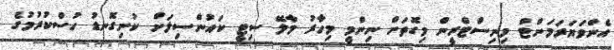
އެންވަޔަރަމަންޓް މިނިސްޓްރީން މިގޮތަށް ނިންމީ މިހާރު މާލޭ ސިޓީ ކައުންސިލަށް ކުނިގޮނޑު ހުސްކުރުމުގެ